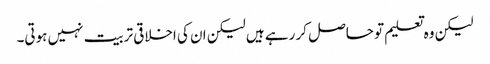
لیکن وہ تعلیم تو حاصل کر رہے ہیں لیکن ان کی اخلاقی تربیت نہیں ہوتی۔